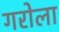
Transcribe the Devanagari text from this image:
गरोला